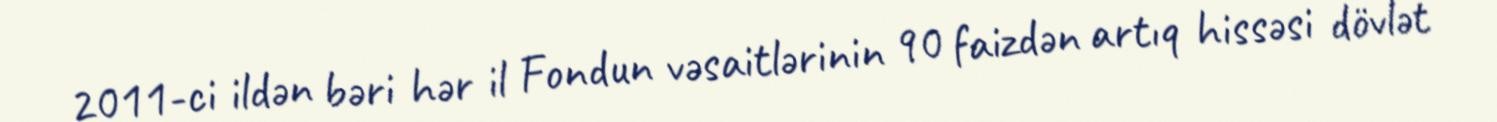
2011-ci ildən bəri hər il Fondun vəsaitlərinin 90 faizdən artıq hissəsi dövlət